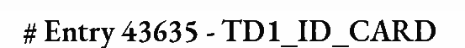
# Entry 43635 - TD1_ID_CARD